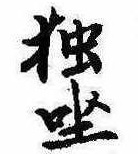
独坐